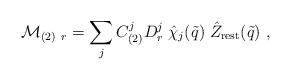
\begin{align*}{\cal M}_{(2)\ r} = \sum_j C^j_{(2)} D^j_r\; \hat{\chi}_j(\tilde{q})\; \hat Z_{\rm rest}(\tilde{q})\ ,\end{align*}